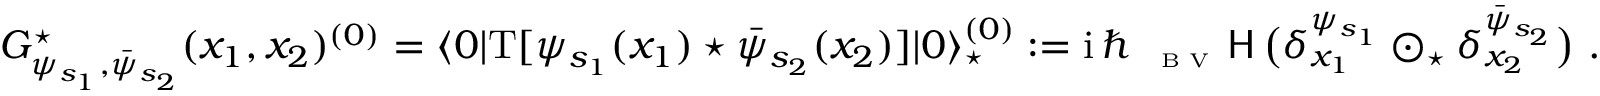
\begin{array} { r } { G _ { \psi _ { s _ { 1 } } , \bar { \psi } _ { s _ { 2 } } } ^ { \star } ( x _ { 1 } , x _ { 2 } ) ^ { ( 0 ) } = \langle 0 | \mathrm { T } [ \psi _ { s _ { 1 } } ( x _ { 1 } ) \star \bar { \psi } _ { s _ { 2 } } ( x _ { 2 } ) ] | 0 \rangle _ { \star } ^ { ( 0 ) } : = { \mathrm { i } } \, \hbar \, { \mathsf \Delta } _ { \textrm { \tiny B V } } \, \mathsf { H } \, \big ( \delta _ { x _ { 1 } } ^ { \psi _ { s _ { 1 } } } \odot _ { \star } \delta _ { x _ { 2 } } ^ { \bar { \psi } _ { s _ { 2 } } } \big ) \ . } \end{array}